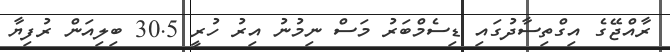
ރާއްޖޭގެ އިގްތިސާދުގައި ޑިސެމްބަރު މަސް ނިމުނު އިރު ހުރީ 30.5 ބިލިއަން ރުފިޔާ